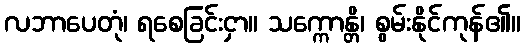
လဘာပေတုံ၊ ရစေခြင်းငှာ။ သက္ကောန္တိ၊ စွမ်းနိုင်ကုန်၏။